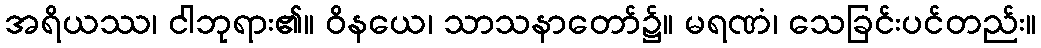
အရိယဿ၊ ငါဘုရား၏။ ဝိနယေ၊ သာသနာတော်၌။ မရဏံ၊ သေခြင်းပင်တည်း။